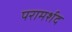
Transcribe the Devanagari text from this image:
परामर्शद